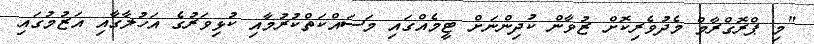
"މި ޕްރޮގްރާމް މެދުވެރިކޮށް ޒުވާން ކުދިންނަށް ޓީމެއްގައި މަސައްކަތްކުރުމާއި ކުޅިވަރުގެ އަހުލާގާއި އަޒުމުގައި